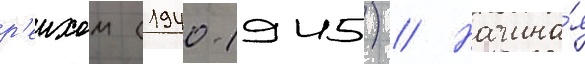
р'еихом (1940-1945) // Начина́я